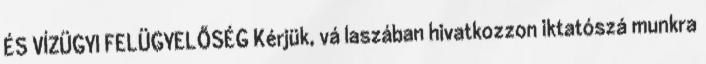
ÉS VÍZÜGYI FELÜGYELŐSÉG Kérjük, vá laszában hivatkozzon iktatószá munkra